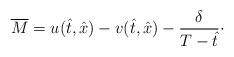
LaTeX: \begin{align*} \overline{ M} = u (\hat t,\hat x) - v(\hat t,\hat x) - \frac{\delta}{T - \hat t}\cdot\end{align*}